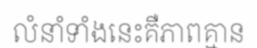
លំនាំទាំងនេះគឺភាពគ្មាន